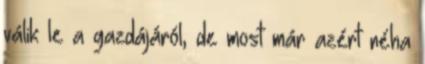
válik le a gazdájáról, de most már azért néha